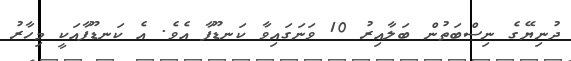
ދުނިޔޭގެ ނިސްބަތުން ބަލާއިރު 10 ވަނަގައިވާ ކަނޑޫފާ އެވެ. އެ ކަނޑޫފާއަކީ މިހާރު